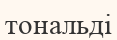
тональді